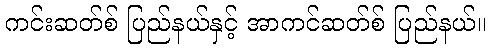
ကင်းဆတ်စ် ပြည်နယ်နှင့် အာကင်ဆတ်စ် ပြည်နယ်။